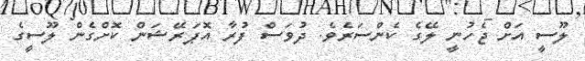
ލޫސީ އަށް ޖެހުނީ ލޭގެ ކެންސަރެވެ. ދުވަސް ފުރާ އޮޕަރޭޝަން ކޮށްގެން ލޫސީގެ